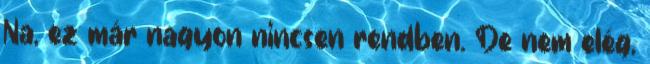
Na, ez már nagyon nincsen rendben. De nem elég,